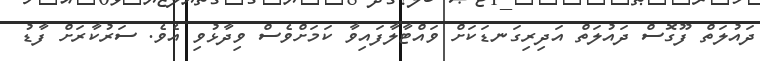
ދައުލަތް ފޫގޮސް ދައުލަތް އަދިރިގަނޑަކަށް ވައްޓާލާފައިވާ ކަމަށްވެސް ވިދާޅުވި އެވެ. ސަރުކާރަށް ފާޑު